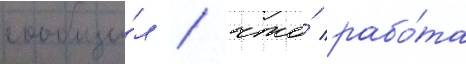
сообщи́л / что́ рабо́та